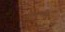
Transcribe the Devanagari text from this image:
अमरूशतकम्